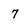
Character: 7